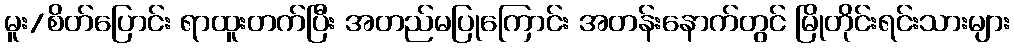
မူး/စိတ်ပြောင်း ရာထူးတက်ပြီး အတည်မပြုကြောင်း အတန်းနောက်တွင် မြိုတိုင်းရင်းသားများ